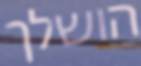
הושלך